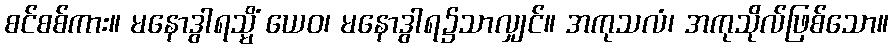
စင်စစ်ကား။ မနောဒွါရသ္မိံ ယေဝ၊ မနောဒွါရ၌သာလျှင်။ အကုသလံ၊ အကုသိုလ်ဖြစ်သော။